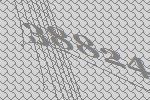
38824